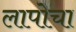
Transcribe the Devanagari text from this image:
लापोचा